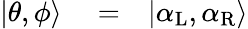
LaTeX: \begin{array}{rlr}{|\theta,\phi\rangle}&{{}=}&{|\alpha_{\mathrm{L}},\alpha_{\mathrm{R}}\rangle}\end{array}